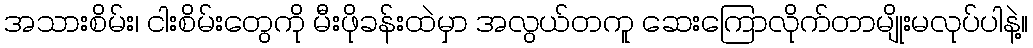
အသားစိမ်း၊ ငါးစိမ်းတွေကို မီးဖိုခန်းထဲမှာ အလွယ်တကူ ဆေးကြောလိုက်တာမျိုးမလုပ်ပါနဲ့။